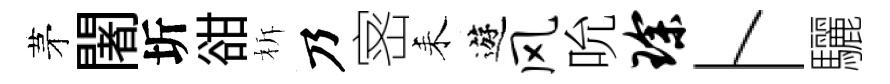
茅闍圻𧮳柝乃宻耒遊风吮琛卜驪